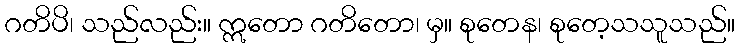
ဂတိပိ၊ သည်လည်း။ ဣတော ဂတိတော၊ မှ။ စုတေန၊ စုတေ့သသူသည်။